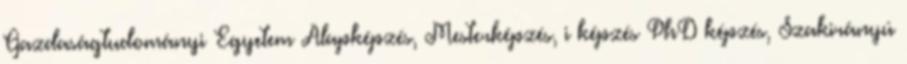
Gazdaságtudományi Egyetem Alapképzés, Mesterképzés, i képzés PhD képzés, Szakirányú